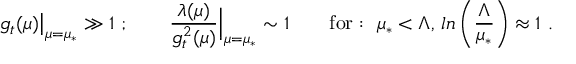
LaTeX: g _ { t } ( \mu ) { \big | } _ { \mu = \mu _ { \ast } } \gg 1 \ ; \qquad \frac { \lambda ( \mu ) } { g _ { t } ^ { 2 } ( \mu ) } { \Big | } _ { \mu = \mu _ { \ast } } \sim 1 \qquad \mathrm { f o r : ~ } { \mu } _ { \ast } < { \Lambda } , \, l n \left( \frac { { \Lambda } } { { \mu } _ { \ast } } \right) \approx 1 \ .